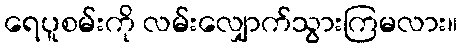
ရေပူစမ်းကို လမ်းလျှောက်သွားကြမလား။